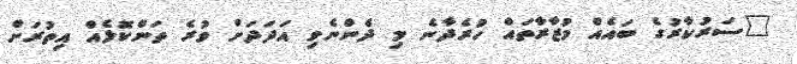
"ސަރުކާރުގެ ބައެއް ވުޒާރާތައް ހުރެދާނެ މި ދެންނެވި އަދަދަށް ވުރެ ތަންކޮޅެއް އިތުރަށް